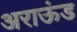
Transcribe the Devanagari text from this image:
अराऊंड